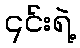
၎င်းရဲ့